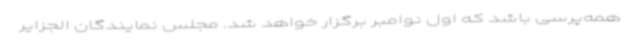
همه‌پرسی باشد که اول نوامبر برگزار خواهد شد. مجلس نمایندگان الجزایر